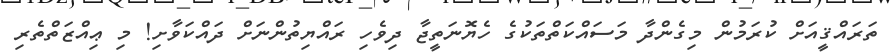
ތަރައްޤީއަށް ކުރަމުން މިގެންދާ މަސައްކަތްތަކުގެ ހެޔޮނަތީޖާ ދިވެހި ރައްޔިތުންނަށް ދައްކަވާށި! މި ޢިއްޒަތްތެރި